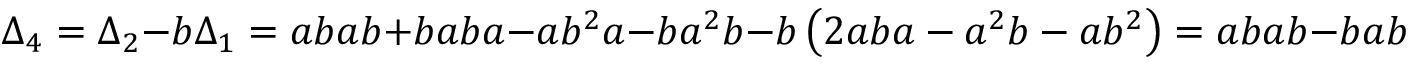
\Delta _ { 4 } = \Delta _ { 2 } - b \Delta _ { 1 } = a b a b + b a b a - a b ^ { 2 } a - b a ^ { 2 } b - b \left( 2 a b a - a ^ { 2 } b - a b ^ { 2 } \right) = a b a b - b a b a - a b ^ { 2 } a + b a b ^ { 2 } .